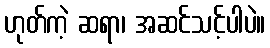
ဟုတ်ကဲ့ ဆရာ၊ အဆင်သင့်ပါပဲ။